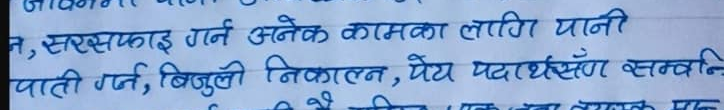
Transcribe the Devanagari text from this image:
त, सरसफाइ गर्ने अनेक कामका लागि पानी
पाती गर्न, बिजुली निकाल्न, पेय पदार्थसमेत सम्बन्धि